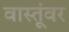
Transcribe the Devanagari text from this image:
वास्तूंवर